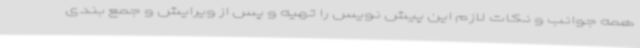
همه جوانب و نکات لازم این پیش نویس را تهیه و پس از ویرایش و جمع بندی